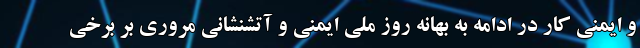
و ایمنی کار در ادامه به بهانه روز ملی ایمنی و آتشنشانی مروری بر برخی